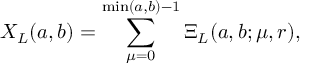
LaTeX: X _ { L } ( a , b ) = \sum _ { \mu = 0 } ^ { \operatorname * { m i n } ( a , b ) - 1 } \Xi _ { L } ( a , b ; \mu , r ) ,